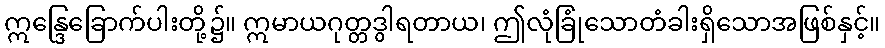
ဣန္ဒြေခြောက်ပါးတို့၌။ ဣမာယဂုတ္တဒွါရတာယ၊ ဤလုံခြုံသောတံခါးရှိသောအဖြစ်နှင့်။